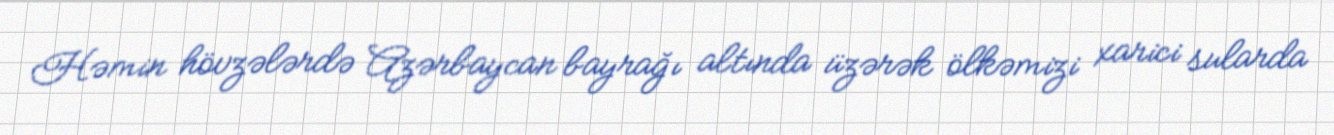
Həmin hövzələrdə Azərbaycan bayrağı altında üzərək ölkəmizi xarici sularda